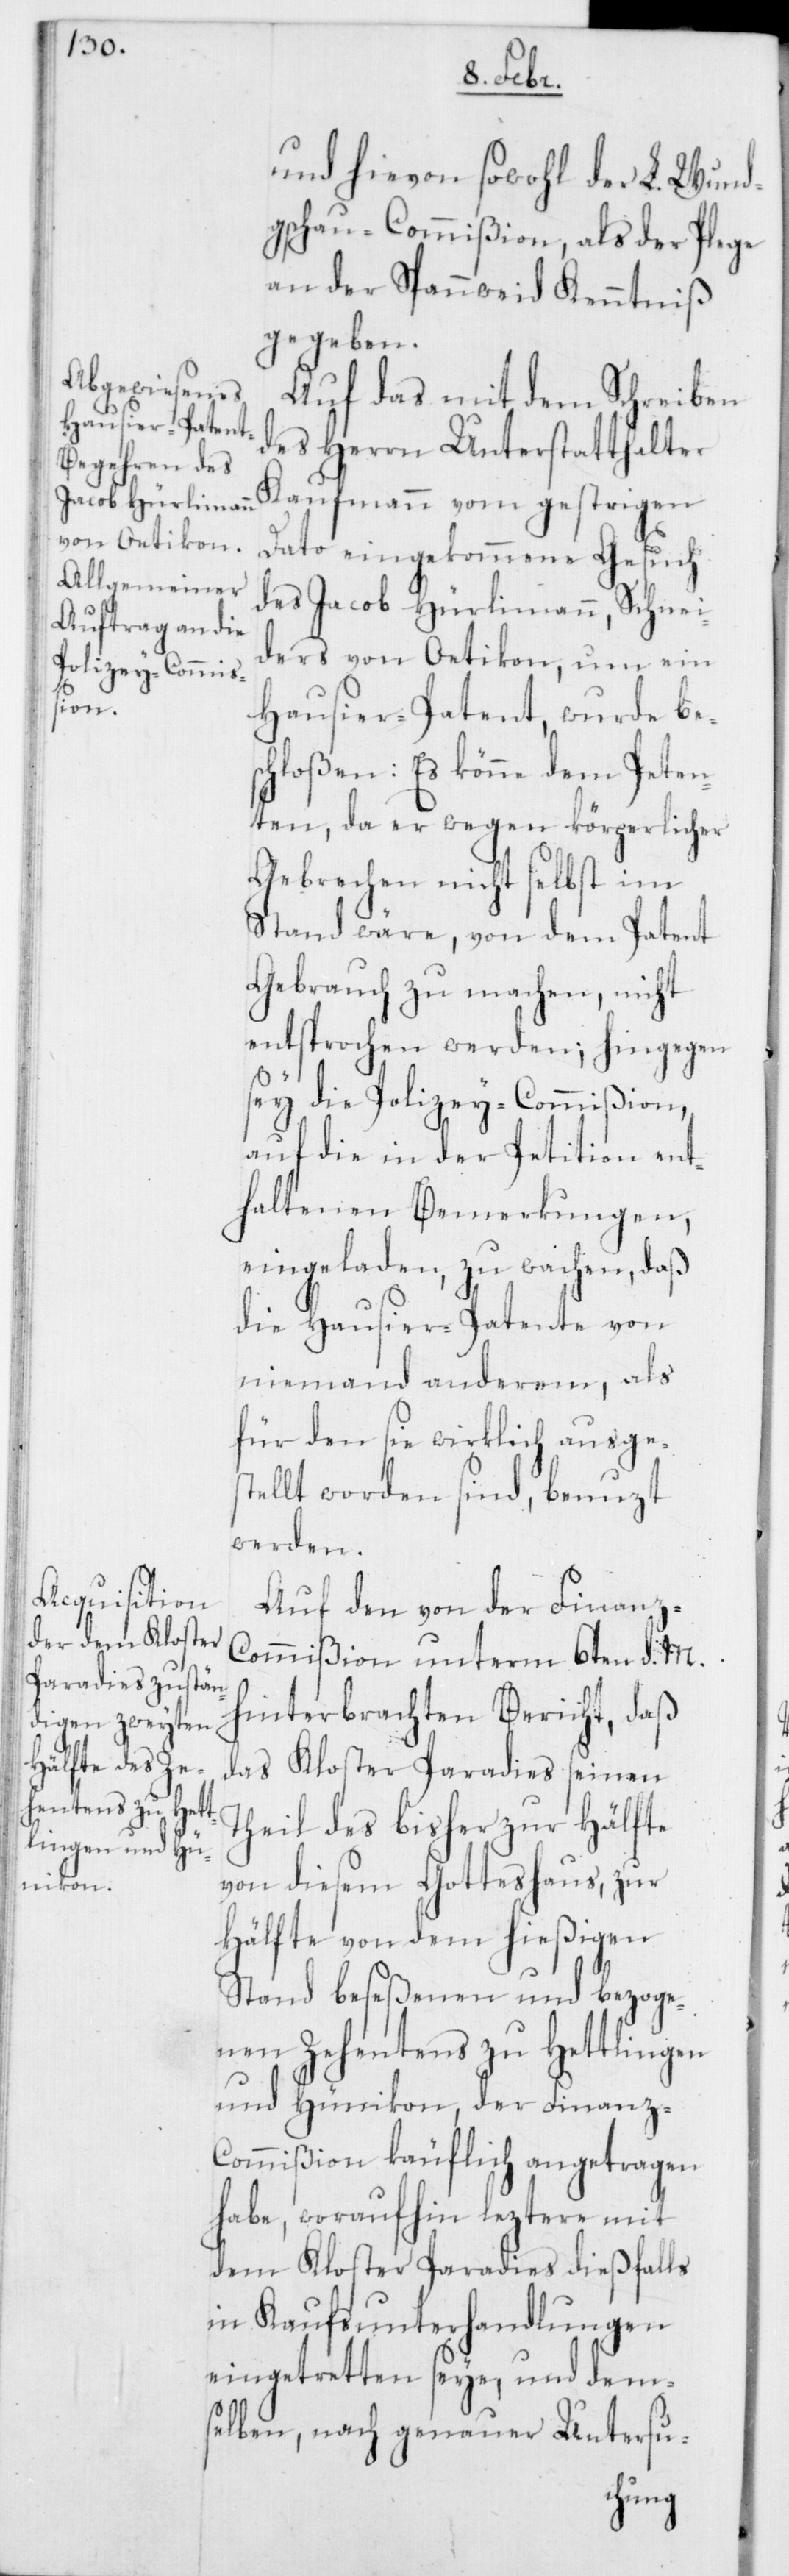
und hievon sowohl der L. Wund¬
gschau-Commißion, als der Pflege
an der Spannweid Kenntniß
gegeben.
Auf das mit dem Schreiben
des Herrn Unterstatthalter
Kaufmann vom gestrigen
Dato eingekommene Gesuch
des Jacob Hürlimann, Schnei¬
ders von Oetikon, um ein
Hausier-Patent, wurde bes¬
chloßen: Es könne dem Peten¬
ten, da er wegen körperlicher
Gebrechen nicht selbst im
Stand wäre, von dem Patent
Gebrauch zu machen, nicht
entsprochen werden; hingegen
sey die Polizey-Commißion,
auch die in der Petition ent¬
haltenen Bemerkungen,
eingeladen, zu wachen, daß
die Hausier-Patente von
niemand anderem, als
für den sie wirklich ausges¬
tellt worden sind, benuzt
werden.
Auf den von der Finanz-C¬
ommißion unterm 6ten d. M.
hinterbrachten Bericht, daß
das Kloster Paradies seinen
Theil des bisher zur Hälfte
von diesem Gotteshaus, zur
Hälfte von dem hießigen
Stand beseßenen und bezoge¬
nen Zehentens zu Hettlingen
und Hünikon, der Finanz-C¬
ommißion käuflich angetragen
habe, woraufhin leztere mit
dem Kloster Paradies dießfalls
in Kaufsunterhandlungen
eingetretten seye, und dem¬
selben nach genauer Untersu-